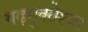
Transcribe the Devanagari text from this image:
गढ़मुक्‍तेश्‍वर